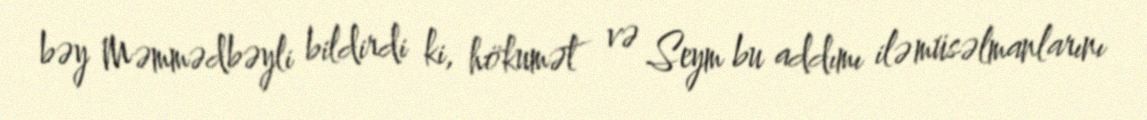
bəy Məmmədbəyli bildirdi ki, hökumət və Seym bu addımı ilə müsəlmanlarını